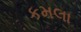
કમલા